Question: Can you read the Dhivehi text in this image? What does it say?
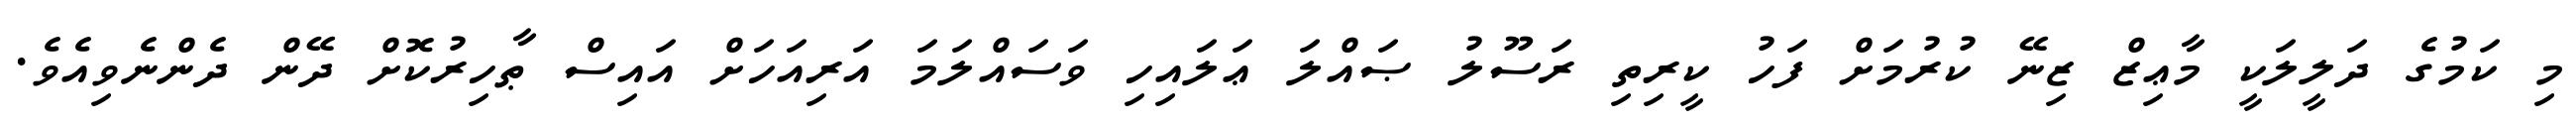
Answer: މި ކަމުގެ ދަލީލަކީ މާޢިޒް ޒިނޭ ކުރުމަށް ފަހު ކީރިތި ރަސޫލު ޞައްލަ ޢަލައިހި ވަސައްލަމަ އަރިއަހަށް އައިސް ޠާހިރުކޮށް ދޭން ދެންނެވިއެވެ.